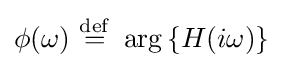
\phi (\omega )\ {\stackrel {\mathrm {def} }{=}}\ \arg \left\{H(i\omega )\right\}\;